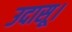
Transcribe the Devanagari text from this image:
उदासू।